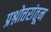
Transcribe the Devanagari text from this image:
प्रश्नोत्तरांतून